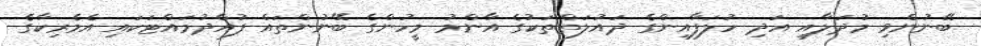
ބޭނުންވި މުދަލާއި އަދި ހުލަފާއިންގެ ދައުލަތްތަކުގެ އާންމު މީހުންގެ ބޭނުންތައް ފުއްދުމައްޓަކައި އެމެރިކާގެ